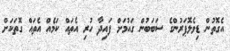
އެގޮތުން ޑިވެލޮޕަރުންގެ ސަބަބުން ގައުމަށް ފައިދާ ހުރި އެތައް ކަމެއް އެތައް ގޮތަކަށް